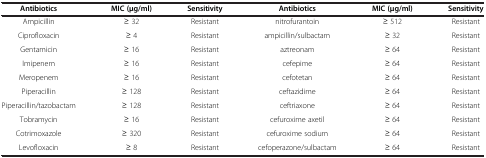
<table><thead><tr><td><b>Antibiotics</b></td><td><b>MIC (μg/ml)</b></td><td><b>Sensitivity</b></td><td><b>Antibiotics</b></td><td><b>MIC (μg/ml)</b></td><td><b>Sensitivity</b></td></tr></thead><tbody><tr><td>Ampicillin</td><td>≥ 32</td><td>Resistant</td><td>nitrofurantoin</td><td>≥ 512</td><td>Resistant</td></tr><tr><td>Ciprofloxacin</td><td>≥ 4</td><td>Resistant</td><td>ampicillin/sulbactam</td><td>≥ 32</td><td>Resistant</td></tr><tr><td>Gentamicin</td><td>≥ 16</td><td>Resistant</td><td>aztreonam</td><td>≥ 64</td><td>Resistant</td></tr><tr><td>Imipenem</td><td>≥ 16</td><td>Resistant</td><td>cefepime</td><td>≥ 64</td><td>Resistant</td></tr><tr><td>Meropenem</td><td>≥ 16</td><td>Resistant</td><td>cefotetan</td><td>≥ 64</td><td>Resistant</td></tr><tr><td>Piperacillin</td><td>≥ 128</td><td>Resistant</td><td>ceftazidime</td><td>≥ 64</td><td>Resistant</td></tr><tr><td>Piperacillin/tazobactam</td><td>≥ 128</td><td>Resistant</td><td>ceftriaxone</td><td>≥ 64</td><td>Resistant</td></tr><tr><td>Tobramycin</td><td>≥ 16</td><td>Resistant</td><td>cefuroxime axetil</td><td>≥ 64</td><td>Resistant</td></tr><tr><td>Cotrimoxazole</td><td>≥ 320</td><td>Resistant</td><td>cefuroxime sodium</td><td>≥ 64</td><td>Resistant</td></tr><tr><td>Levofloxacin</td><td>≥ 8</td><td>Resistant</td><td>cefoperazone/sulbactam</td><td>≥ 64</td><td>Resistant</td></tr></tbody></table>